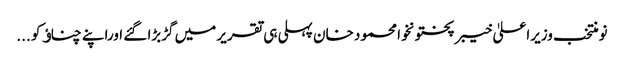
نومنتخب وزیراعلیٰ خیبر پختونخوا محمود خان پہلی ہی تقریر میں گڑبڑا گئے اوراپنے چناﺅ کو ...